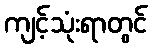
ကျင့်သုံးရာတွင်